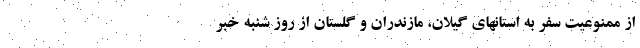
از ممنوعیت سفر به استانهای گیلان، مازندران و گلستان از روز شنبه خبر